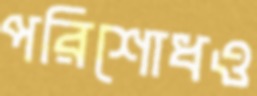
পরিশোধও